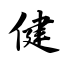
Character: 健